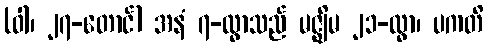
(ဝါ၊ ၂၇-တောင်) အနံ ၇-ထွာသည် မဇ္ဈိမ ၂၁-ထွာ၊ ပကတိ